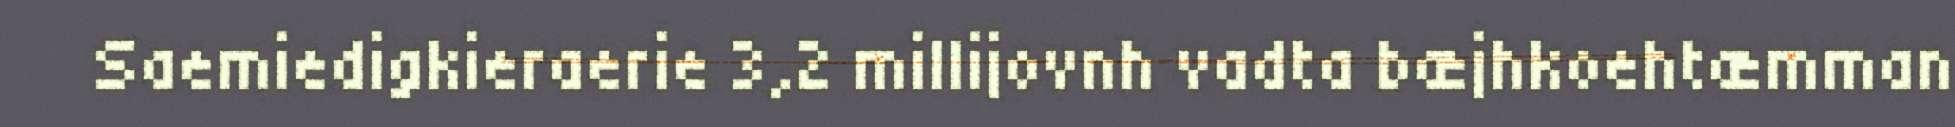
Saemiedigkieraerie 3,2 millijovnh vadta bæjhkoehtæmman